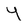
Character: y